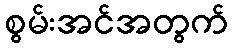
စွမ်းအင်အတွက်